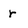
Character: r